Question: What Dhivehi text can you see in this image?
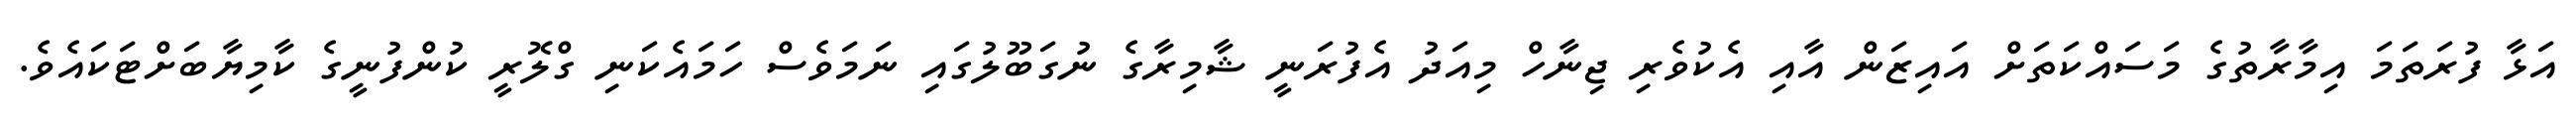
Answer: އަޅާ ފުރަތަމަ އިމާރާތުގެ މަސައްކަތަށް އައިޒަން އާއި އެކުވެރި ޖިނާހް މިއަދު އެފުރަނީ ޝާމިރާގެ ނުގަބޫލުގައި ނަމަވެސް ހަމައެކަނި ގްލޮރީ ކުންފުނީގެ ކާމިޔާބަށްޓަކައެވެ.